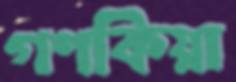
গণকিয়া